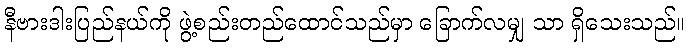
နီဗားဒါးပြည်နယ်ကို ဖွဲ့စည်းတည်ထောင်သည်မှာ ခြောက်လမျှ သာ ရှိသေးသည်။